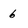
Character: 6